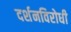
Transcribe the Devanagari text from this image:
दर्शनविरोधी